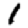
Digit: 1